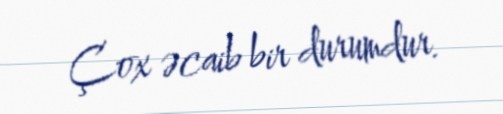
Çox əcaib bir durumdur.